Development of the parasite of Indian kala azar - Number 53
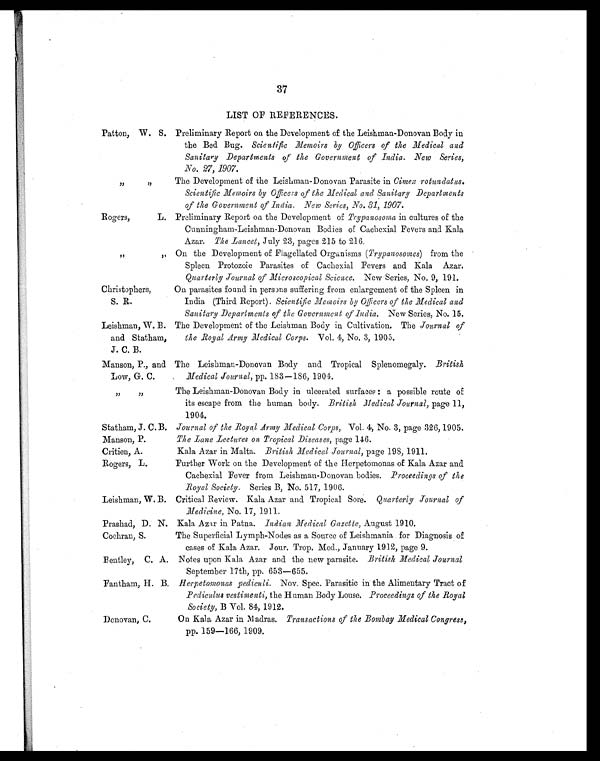
37
LIST OF REFERENCES.
Patton, W. S. Preliminary Report on the Development of the Leishman-Donovan Body in
the Bed Bug. Scientific Memoirs by Officers of the Medical and
Sanitary Departments of the Government of India. New Series,
No. 27, 1907.
„
„ The Development of the Leishman-Donovan Parasite in Cimex rotundatus.
Scientific Memoirs by Officers of the Medical and Sanitary Departments
of the Government of India. New Series, No. 31, 1907.
Rogers, L. Preliminary Report on the Development of Trypanosoma in cultures of the
Cunningham-Leishman-Donovan Bodies of Cachexial Fevers and Kala
Azar. The Lancet, July 23, pages 215 to 216.
„
„
On the Development of Flagellated Organisms ( Trypanosomes) from the
Spleen Protozoic Parasites of Cachexial Fevers and Kala Azar.
Quarterly Journal of Microscopical Science. New Series, No. 9, 191.
Christophers,
S. R.
On parasites found in persons suffering from enlargement of the Spleen in
India (Third Report). Scientific Memoirs by Officers of the Medical and
Sanitary Departments of the Government of India. New Series, No. 15.
Leishman, W. B.
and Statham,
J. C. B.
The Development of the Leishman Body in Cultivation. The Journal of
the Royal Army Medical Corps. Vol. 4, No. 3, 1905.
Manson, P., and
Low, G. C.
The Leishman-Donovan Body and Tropical Splenomegaly. British
Medical Journal, pp. 183—186, 1904.
„
„
The Leishman-Donovan Body in ulcerated surfaces : a possible route of
its escape from the human body. British Medical Journal, page 11,
1904.
Statham, J. C.B. Journal of the Royal Army Medical Corps, Vol. 4, No. 3, page 326, 1905.
Manson, P.
The Lane Lectures on Tropical Diseases, page 146.
Critien, A.
Kala Azar in Malta. British Medical Journal, page 198, 1911.
Rogers, L.
Further Work on the Development of the Herpetomonas of Kala Azar and
Cachexial Fever from Leishman-Donovan bodies. Proceedings of the
Royal Society. Series B, No. 517, 1906.
Leishman, W. B. Critical Review. Kala Azar and Tropical Sore. Quarterly Journal of
Medicine, No. 17, 1911.
Prashad, D. N. Kala Azar in Patna. Indian Medical Gazette, August 1910.
Cochran, S.
The Superficial Lymph-Nodes as a Source of Leishmania for Diagnosis of
cases of Kala Azar. Jour. Trop. Med., January 1912, page 9.
Bentley, C. A. Notes upon Kala Azar and the new parasite. British Medical Journal
September 17th, pp. 653—655.
Fantham, H. B. Herpetomonas pediculi. Nov. Spec. Parasitic in the Alimentary Tract of
Pediculus vestimenti, the Human Body Louse. Proceedings of the Royal
Society, B Vol. 84, 1912.
Donovan, C.
On Kala Azar in Madras. Transactions of the Bombay Medical Congress,
pp. 159—166, 1909.